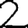
Digit: 2